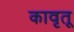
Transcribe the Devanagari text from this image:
कावृतू